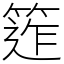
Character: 𥯧